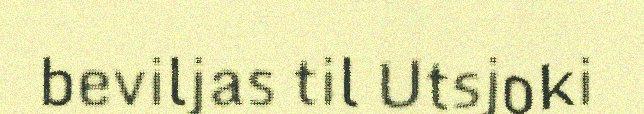
beviljas til Utsjoki